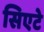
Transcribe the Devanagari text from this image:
सिएटे